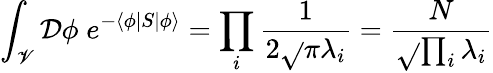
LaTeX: \int_{\mathscr{V}}{\mathcal{{D}}}\phi\; e^{-\langle\phi|S|\phi\rangle}=\prod_{i}{\frac{{1}}{{2{\sqrt{}{{\pi\lambda_{i}}}}}}}={\frac{{N}}{{\sqrt{}{{\prod_{i}\lambda_{i}}}}}}